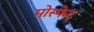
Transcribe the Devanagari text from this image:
मोस्फेट्